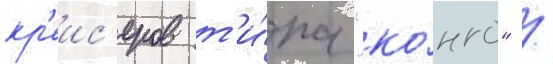
кр'еис'еров т'и́па "ко́нго" /